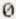
0